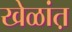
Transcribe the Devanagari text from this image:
खेळांत़